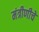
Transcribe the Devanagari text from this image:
मंत्रीणीचे